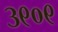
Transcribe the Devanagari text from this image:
३९०९